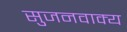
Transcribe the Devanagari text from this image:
सुजनवाक्य